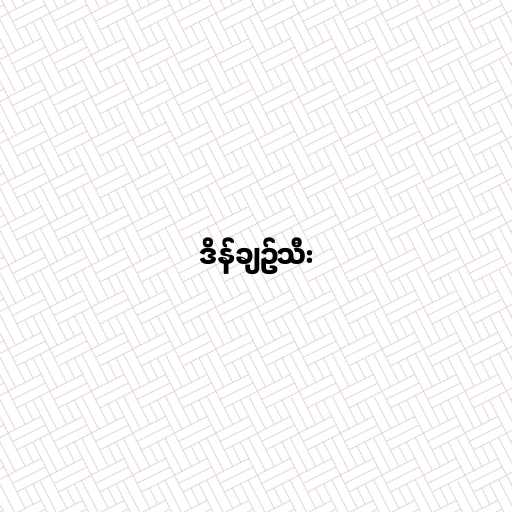
ဒိန်ချဉ်သီး